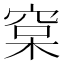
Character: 𰗷